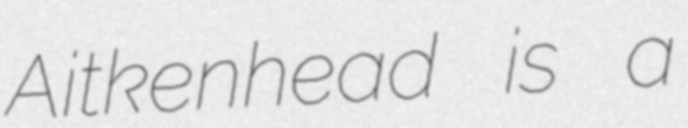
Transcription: Aitkenhead is a